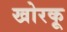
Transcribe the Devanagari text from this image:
खोरकू